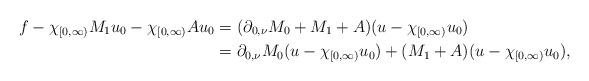
LaTeX: \begin{align*} f- \chi_{[0,\infty)}M_1 u_0 - \chi_{[0,\infty)}Au_0 & =(\partial_{0,\nu}M_0 + M_1 +A )(u-\chi_{[0,\infty)}u_0) \\ & = \partial_{0,\nu}M_0(u-\chi_{[0,\infty)}u_0) + (M_1 +A )(u-\chi_{[0,\infty)}u_0),\end{align*}